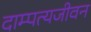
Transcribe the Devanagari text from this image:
दाम्पत्यजीवन